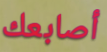
أصابعك